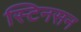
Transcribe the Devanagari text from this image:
स्टिनसन